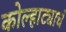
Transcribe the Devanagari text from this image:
कोल्हाट्याचं